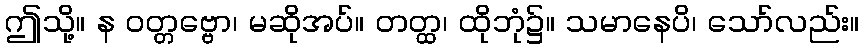
ဤသို့။ န ဝတ္တဗ္ဗော၊ မဆိုအပ်။ တတ္ထ၊ ထိုဘုံ၌။ သမာနေပိ၊ သော်လည်း။